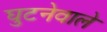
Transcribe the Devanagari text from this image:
घुटनेवाले